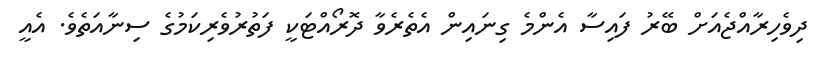
ދިވެހިރާއްޖެއަށް ބޭރު ފައިސާ އެންމެ ގިނައިން އެތެރެވާ ދޮރޯއްޓަކީ ފަތުރުވެރިކަމުގެ ސިނާއަތެވެ. އެއީ